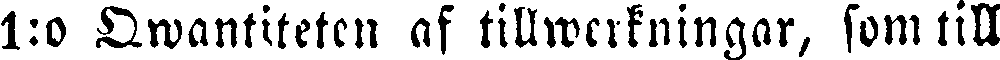
1:o Qwantiteten af tillwerkningar, som till